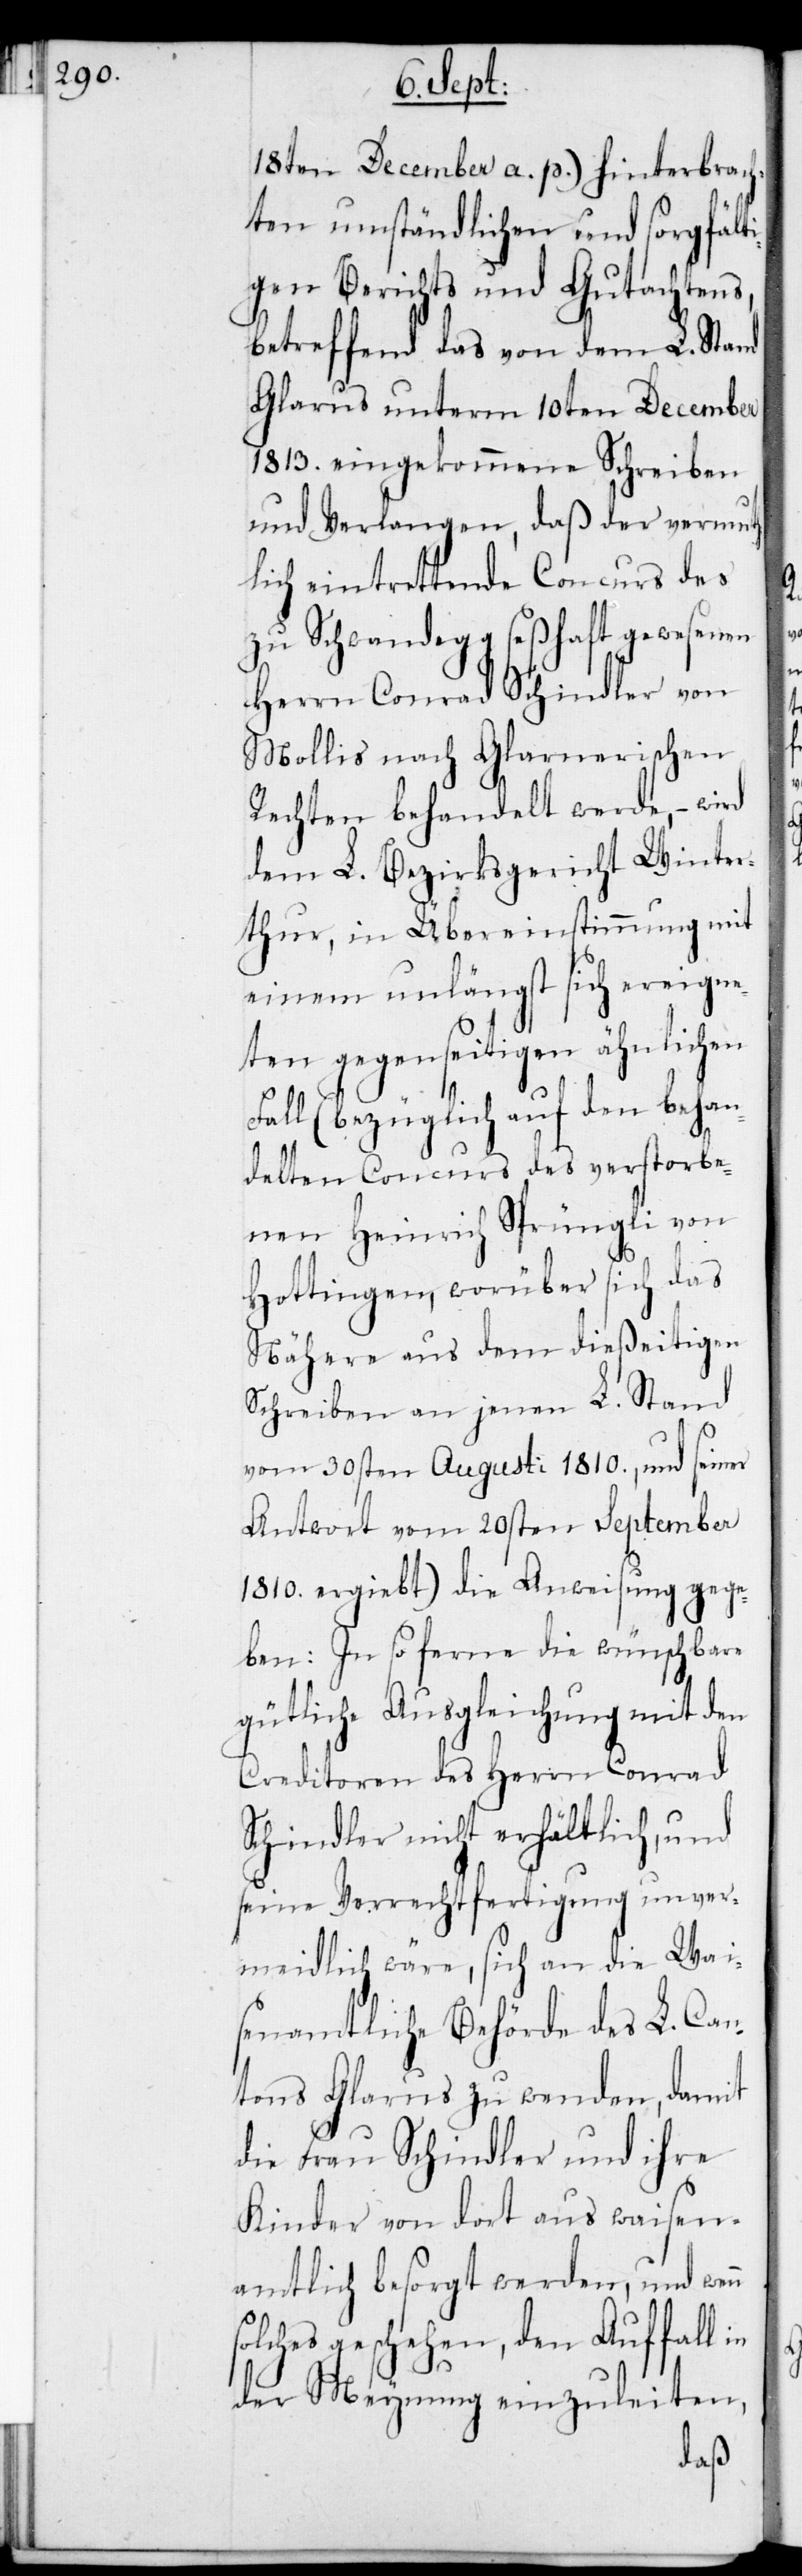
n so¬
18ten December a. p.) hinterbrach¬
ten umständlichen und sorgfälti¬
gen Berichts und Gutachtens,
betreffend das von dem L. Stand
Glarus unterm 10ten December
1813. eingekommene Schreiben
und Verlangen, daß der vermut¬
hlich eintrettende Conkurs des
zu Schwandegg seßhaft gewesenen
Herrn Conrad Schindler von
Mollis nach Glarnerischen
Rechten behandelt werde, – wird
dem L. Bezirksgericht Winter¬
thur, in Übereinstimmung mit
einem unlängst sich ereigne¬
ten gegenseitigen ähnlichen
Fall (bezüglich auf den behan¬
delten Concurs des verstorbe¬
nen Heinrich Sprüngli von
Hottingen, worüber sich das
Nähere aus dem dießeitigen
Schreiben an jenen L. Stand
vom 30sten Augusti 1810., und seiner
Antwort vom 20sten September
1810. ergiebt) die Anweisung gege¬
ben: In so ferne die wünschbare
gütliche Ausgleichung mit den
Creditoren des Herrn Conrad
Schindler nicht erhältlich, und
seine Verrechtfertigung unver¬
meidlich wäre, sich an die Wai¬
senamtliche Behörde des L. Can¬
tons Glarus zu wenden, damit
die Frau Schindler und ihre
Kinder von dort aus waisen¬
amtlich besorgt werden, und wen¬
lches geschehen, den Auffall
der Meynung einzuleiten,